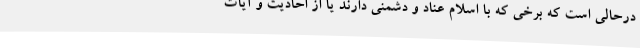
درحالی است که برخی که با اسلام عناد و دشمنی دارند یا از احادیث و آیات